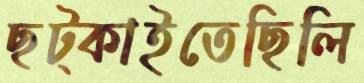
ছট্‌কাইতেছিলি